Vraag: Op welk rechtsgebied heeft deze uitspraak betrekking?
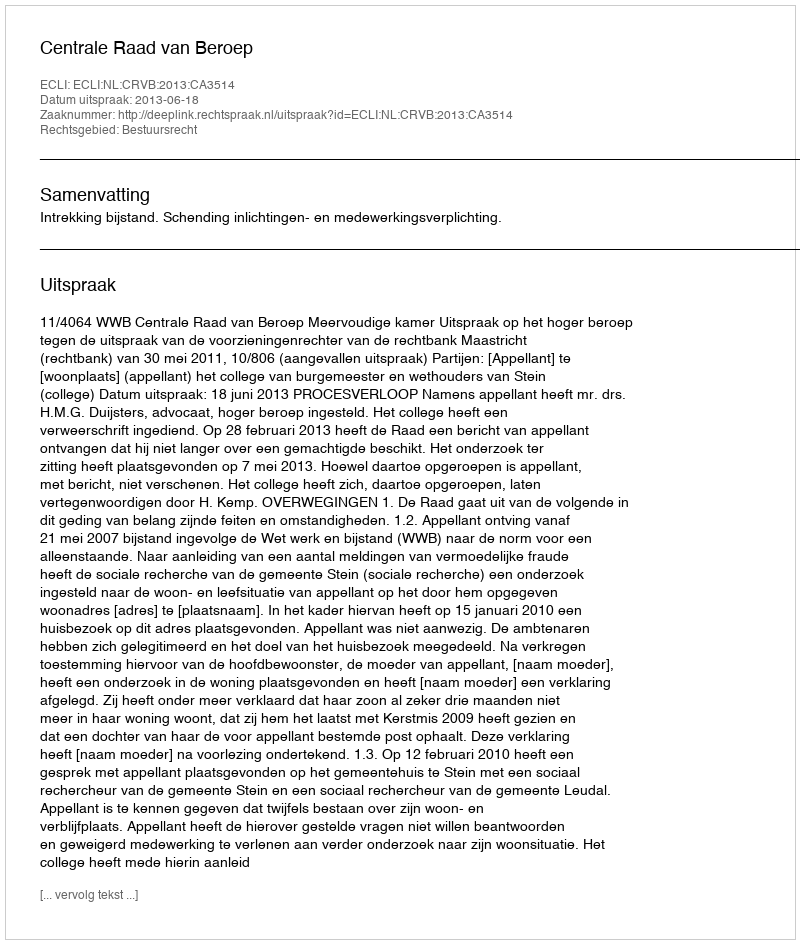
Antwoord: Bestuursrecht